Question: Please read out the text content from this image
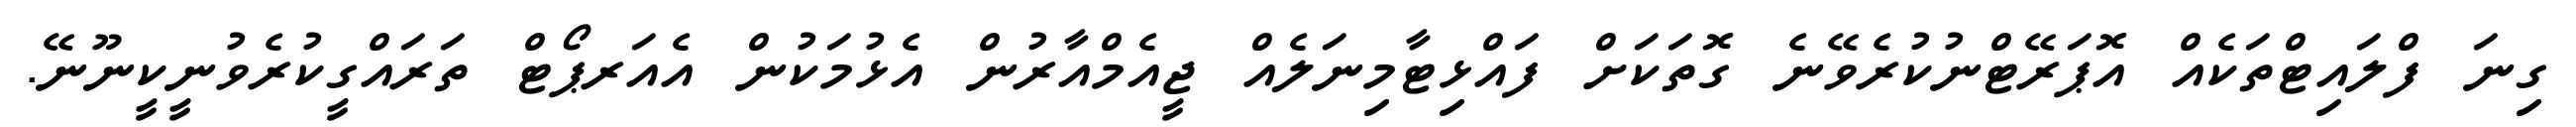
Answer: ގިނަ ފްލައިޓްތަކެއް އޮޕަރޭޓްނުކުރެވޭނެ ގޮތަކަށް ފައްޅިޓާމިނަލެއް ޖީއެމްއާރުން އެޅުމަކުން އެއަރޕޯޓް ތަރައްގީކުރެވުނީކީނޫނޭ.